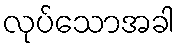
လုပ်သောအခါ